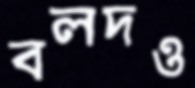
বলদও